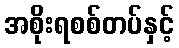
အစိုးရစစ်တပ်နှင့်